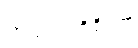
ကုသလကိရိယာ